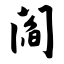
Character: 阎